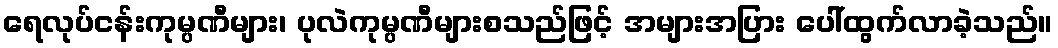
ရေလုပ်ငန်းကုမ္ပဏီများ၊ ပုလဲကုမ္ပဏီများစသည်ဖြင့် အများအပြား ပေါ်ထွက်လာခဲ့သည်။